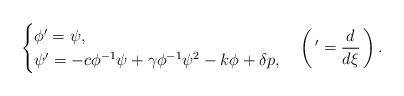
LaTeX: \begin{align*}\begin{cases}\phi'=\psi,\\\psi'=-c\phi^{-1}\psi+\gamma \phi^{-1}\psi^{2}-k\phi+\delta p,\end{cases}\left( \, '=\dfrac{d}{d\xi}\, \right).\end{align*}